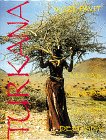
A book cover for Turkana: Kenya's Nomads of the Jade Sea; Nigel Pavitt; History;